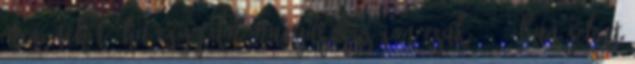
meg. Tehát, ha egy film Magyarországon csak 2018-ban jelent